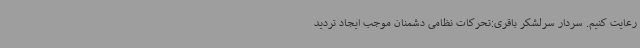
رعایت کنیم. سردار سرلشکر باقری:تحرکات نظامی دشمنان موجب ایجاد تردید